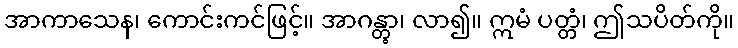
အာကာသေန၊ ကောင်းကင်ဖြင့်။ အာဂန္တွာ၊ လာ၍။ ဣမံ ပတ္တံ၊ ဤသပိတ်ကို။